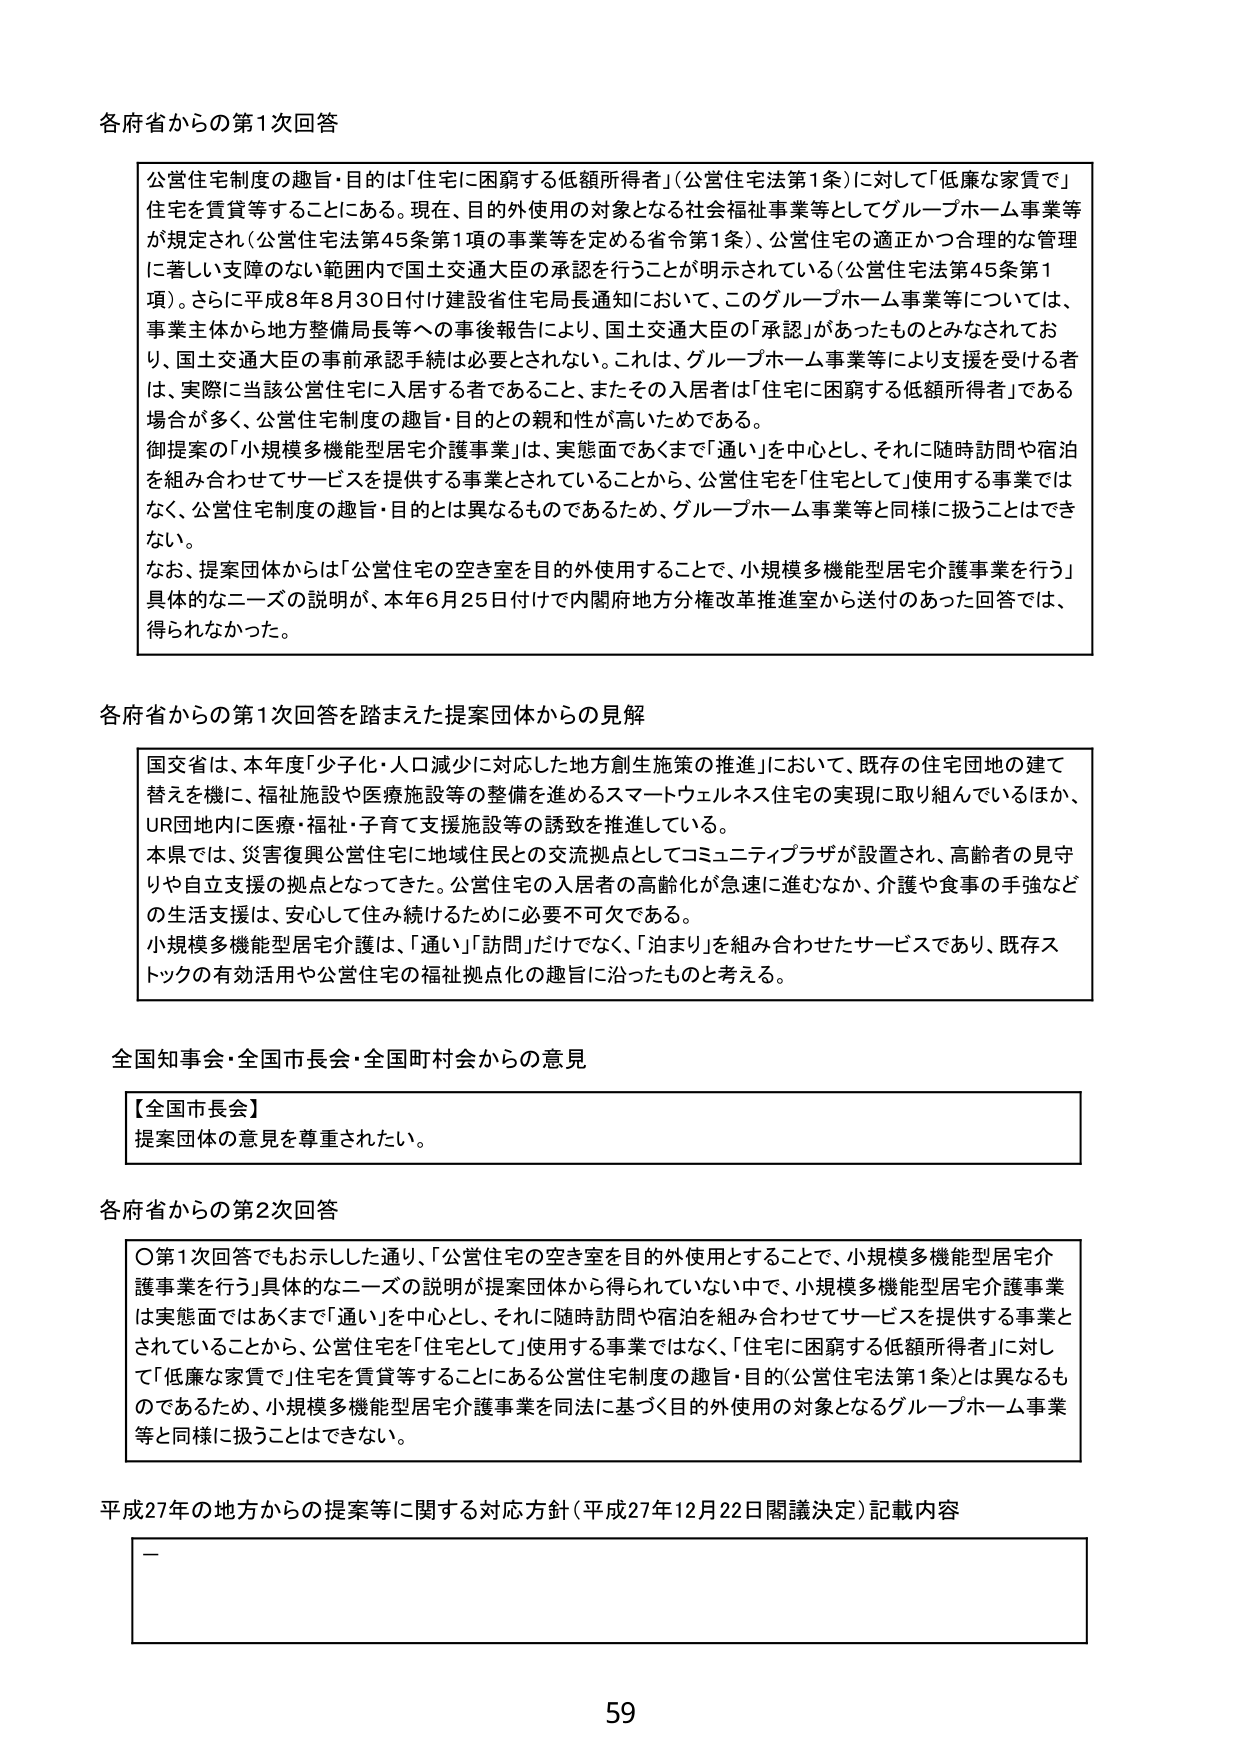
各府省からの第1次回答

公営住宅制度の趣旨・目的は「住宅に困窮する低額所得者」（公営住宅法第1条）に対して「低廉な家賃で」住宅を賃貸等することにある。現在、目的外使用の対象となる社会福祉事業等としてグループホーム事業等が規定され（公営住宅法第45条第1項の事業等を定める省令第1条）、公営住宅の適正かつ合理的な管理に著しい支障のない範囲内で国土交通大臣の承認を行うことが明示されている（公営住宅法第45条第1項）。さらに平成8年8月30日付け建設省住宅局長通知において、このグループホーム事業等については、事業主体から地方整備局長等への事後報告により、国土交通大臣の「承認」があったものとみなされており、国土交通大臣の事前承認手続は必要とされない。これは、グループホーム事業等により支援を受ける者は、実際に当該公営住宅に入居する者であること、またその入居者は「住宅に困窮する低額所得者」である場合が多く、公営住宅制度の趣旨・目的との親和性が高いためである。

御提案の「小規模多機能型居宅介護事業」は、実態面であくまで「通い」を中心とし、それに随時訪問や宿泊を組み合わせてサービスを提供する事業とされていることから、公営住宅を「住宅として」使用する事業ではなく、公営住宅制度の趣旨・目的とは異なるものであるため、グループホーム事業等と同様に扱うことはできない。

なお、提案団体からは「公営住宅の空き室を目的外使用することで、小規模多機能型居宅介護事業を行う」具体的なニーズの説明が、本年6月25日付けで内閣府地方分権改革推進室から送付のあった回答では、得られなかった。

各府省からの第1次回答を踏まえた提案団体からの見解

国交省は、本年度「少子化・人口減少に対応した地方創生施策の推進」において、既存の住宅団地の建て替えを機に、福祉施設や医療施設等の整備を進めるスマートウェルネス住宅の実現に取り組んでいるほか、UR団地内に医療・福祉・子育て支援施設等の誘致を推進している。

本県では、災害復興公営住宅に地域住民との交流拠点としてコミュニティプラザが設置され、高齢者の見守りや自立支援の拠点となってきた。公営住宅の入居者の高齢化が急速に進むなか、介護や食事の手強などの生活支援は、安心して住み続けるために必要不可欠である。

小規模多機能型居宅介護は、「通い」「訪問」だけでなく、「泊まり」を組み合わせたサービスであり、既存ストックの有効活用や公営住宅の福祉拠点化の趣旨に沿ったものと考える。

全国知事会・全国市長会・全国町村会からの意見

【全国市長会】
提案団体の意見を尊重されたい。

各府省からの第2次回答

〇第1次回答でもお示しした通り、「公営住宅の空き室を目的外使用することで、小規模多機能型居宅介護事業を行う」具体的なニーズの説明が提案団体から得られていない中で、小規模多機能型居宅介護事業は実態面ではあくまで「通い」を中心とし、それに随時訪問や宿泊を組み合わせてサービスを提供する事業とされていることから、公営住宅を「住宅として」使用する事業ではなく、「住宅に困窮する低額所得者」に対して「低廉な家賃で」住宅を賃貸等することにある公営住宅制度の趣旨・目的（公営住宅法第1条）とは異なるものであるため、小規模多機能型居宅介護事業を同法に基づく目的外使用の対象となるグループホーム事業等と同様に扱うことはできない。

平成27年の地方からの提案等に関する対応方針（平成27年12月22日閣議決定）記載内容

—

59